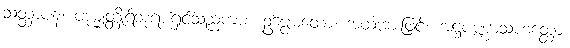
သတ္ထာပန၊ ပဒုမ္မုတ္တိုရ်ဘုရားရှင်သည်ကား။ ဥပ္ပေမတော၊ အထံအားဖြင့်။ အဋ္ဌပဏ္ဏာသဟတ္ထော၊